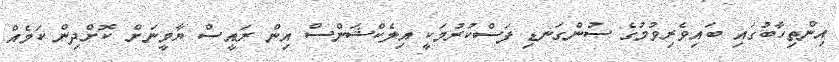
އިންތިހާބުގައި ބައިވެރިވުމުގެ ސުންގަނޑި ފަސްކުރުމަކީ އިލެކްޝަންސް އިން ރައީސް ޔާމީނަށް ކޮށްދިން ކަމެއް